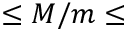
\leq M / m \leq